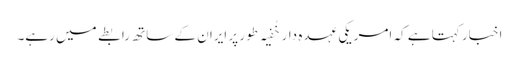
اخبار کہتا ہے کہ امریکی عہدہ دار خُفیہ طور پر ایران کے ساتھ رابطے میں رہے۔